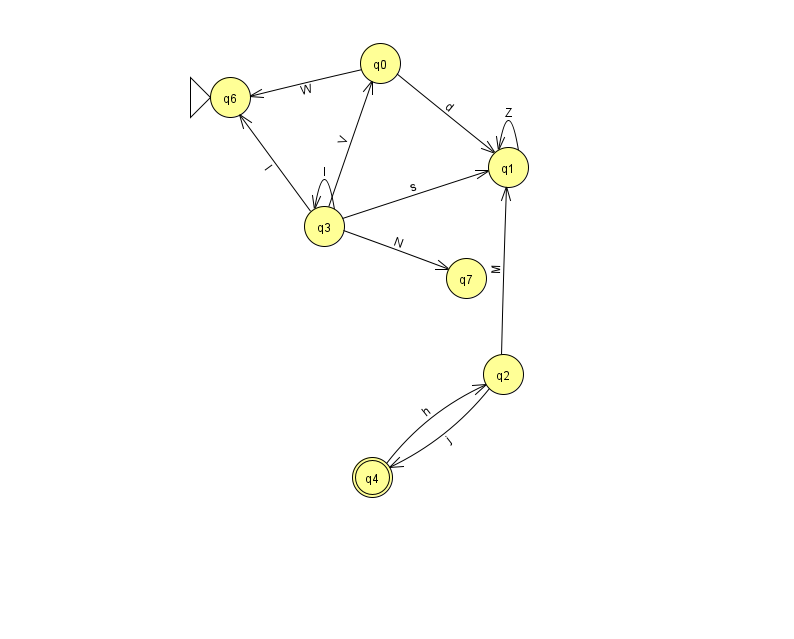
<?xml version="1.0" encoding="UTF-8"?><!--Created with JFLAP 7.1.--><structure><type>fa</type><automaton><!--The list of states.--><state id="0" name="q0"><x>380.0</x><y>50.0</y></state><state id="1" name="q1"><x>508.0</x><y>154.0</y></state><state id="2" name="q2"><x>503.0</x><y>361.0</y></state><state id="3" name="q3"><x>324.0</x><y>213.0</y></state><state id="4" name="q4"><x>372.0</x><y>464.0</y><final/></state><state id="6" name="q6"><x>230.0</x><y>84.0</y><initial/></state><state id="7" name="q7"><x>466.0</x><y>265.0</y></state><!--The list of transitions.--><transition><from>2</from><to>1</to><read>M</read></transition><transition><from>3</from><to>7</to><read>N</read></transition><transition><from>3</from><to>1</to><read>s</read></transition><transition><from>2</from><to>4</to><read>j</read></transition><transition><from>0</from><to>1</to><read>d</read></transition><transition><from>3</from><to>6</to><read>I</read></transition><transition><from>1</from><to>1</to><read>Z</read></transition><transition><from>3</from><to>0</to><read>V</read></transition><transition><from>4</from><to>2</to><read>h</read></transition><transition><from>0</from><to>6</to><read>W</read></transition><transition><from>3</from><to>3</to><read>l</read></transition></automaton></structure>